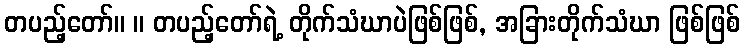
တပည့်တော်။ ။ တပည့်တော်ရဲ့ တိုက်သံဃာပဲဖြစ်ဖြစ်, အခြားတိုက်သံဃာ ဖြစ်ဖြစ်